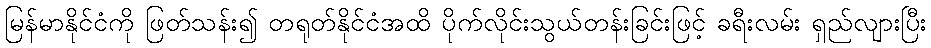
မြန်မာနိုင်ငံကို ဖြတ်သန်း၍ တရုတ်နိုင်ငံအထိ ပိုက်လိုင်းသွယ်တန်းခြင်းဖြင့် ခရီးလမ်း ရှည်လျားပြီး